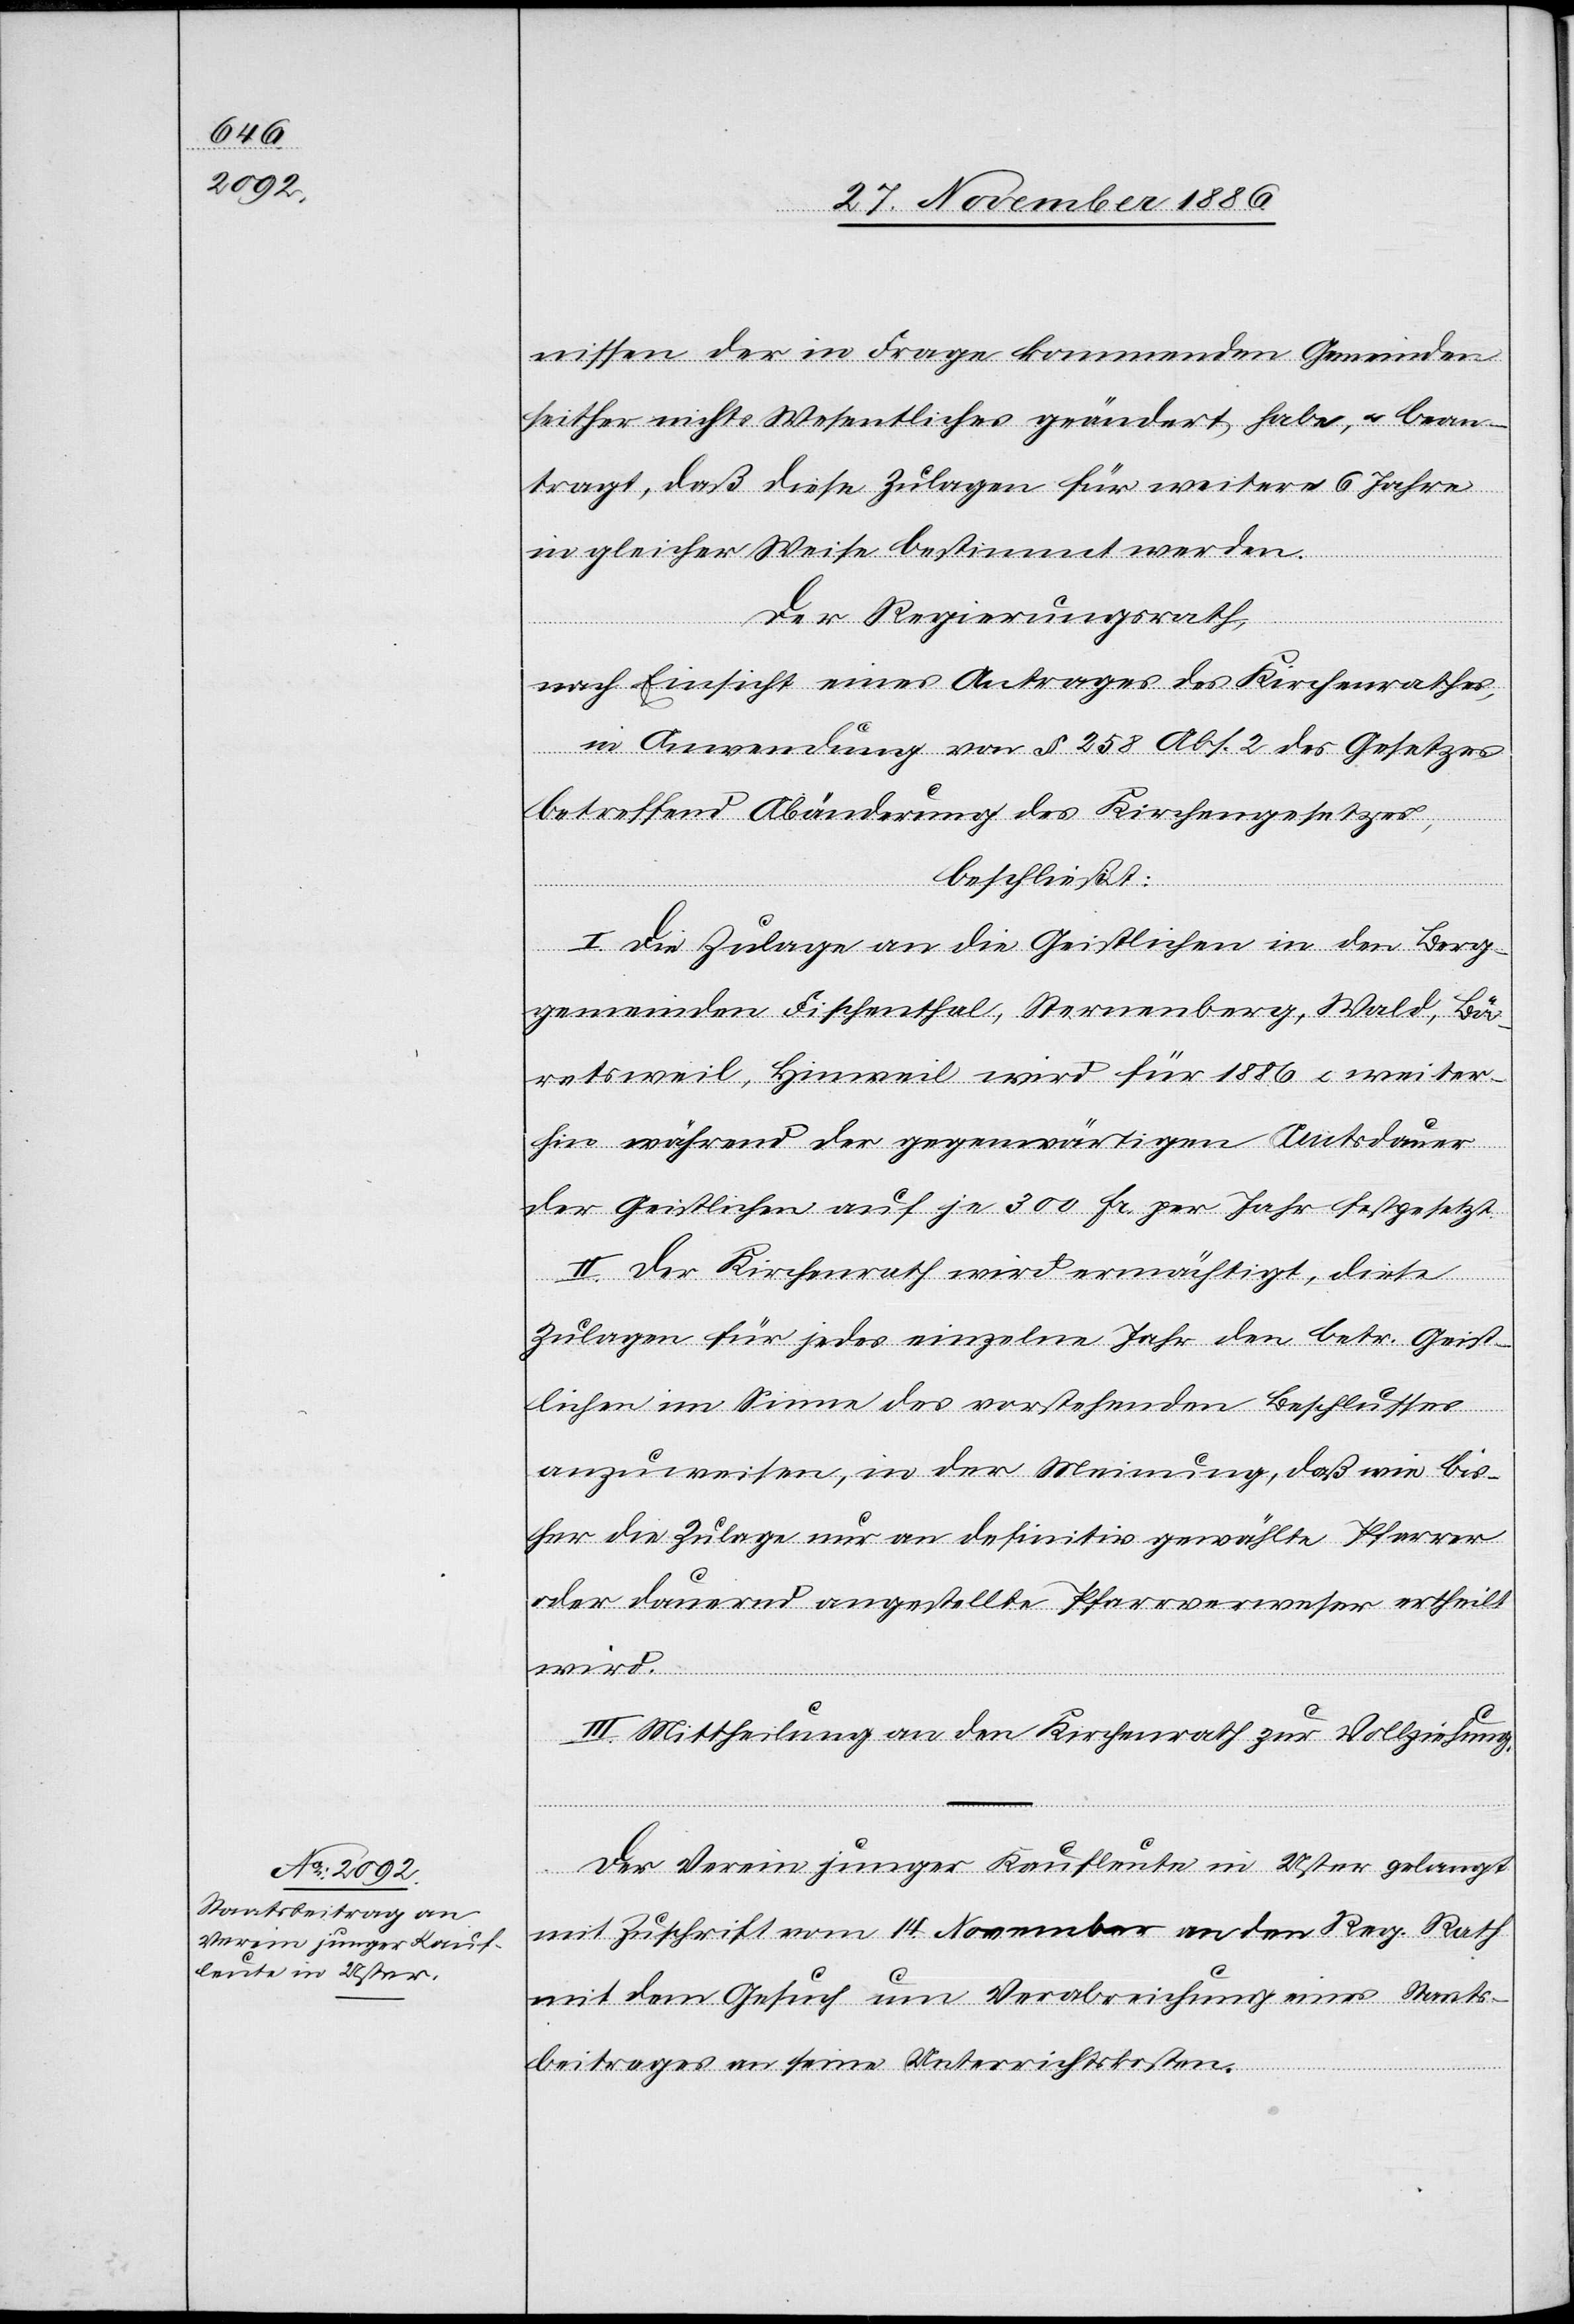
nissen der in Frage kommenden Gemeinden
seither nichts Wesentliches geändert habe, & bean¬
tragt, daß diese Zulagen für weitere 6 Jahre
in gleicher Weise bestimmt werden.
Der Regierungsrath,
nach Einsicht eines Antrages des Kirchenrathes,
in Anwendung von § 258 Abs. 2 des Gesetzes
betreffend Abänderung des Kirchengesetzes,
beschließt:
I. Die Zulage an die Geistlichen in den Berg¬
gemeinden Fischenthal, Sternenberg, Wald, Bä¬
retsweil, Hinweil wird für 1886 & weiter¬
hin während der gegenwärtigen Amtsdauer
der Geistlichen auf je 300 Fr. per Jahr festgesetzt.
II. Der Kirchenrath wird ermächtigt, diese
Zulagen für jedes einzelne Jahr den betr. Geist¬
lichen im Sinne des vorstehenden Beschlusses
anzuweisen, in der Meinung, daß wie bis¬
her die Zulage nur an definitiv gewählte Pfarrer
oder dauernd angestellte Pfarrverweser ertheilt
wird.
III. Mittheilung an den Kirchenrath zur Vollziehung.
Der Verein junger Kaufleute in Uster gelangt
mit Zuschrift vom 14. November an den Reg. Rath
mit dem Gesuch um Verabreichung eines Staats¬
beitrages an seine Unterrichtskosten.